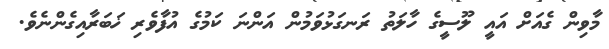
މާވިން ގެއަށް އައީ ލޫސީގެ ހާލަތު ރަނގަޅުވަމުން އަންނަ ކަމުގެ އުފާވެރި ޚަބަރާއިގެންނެވެ.